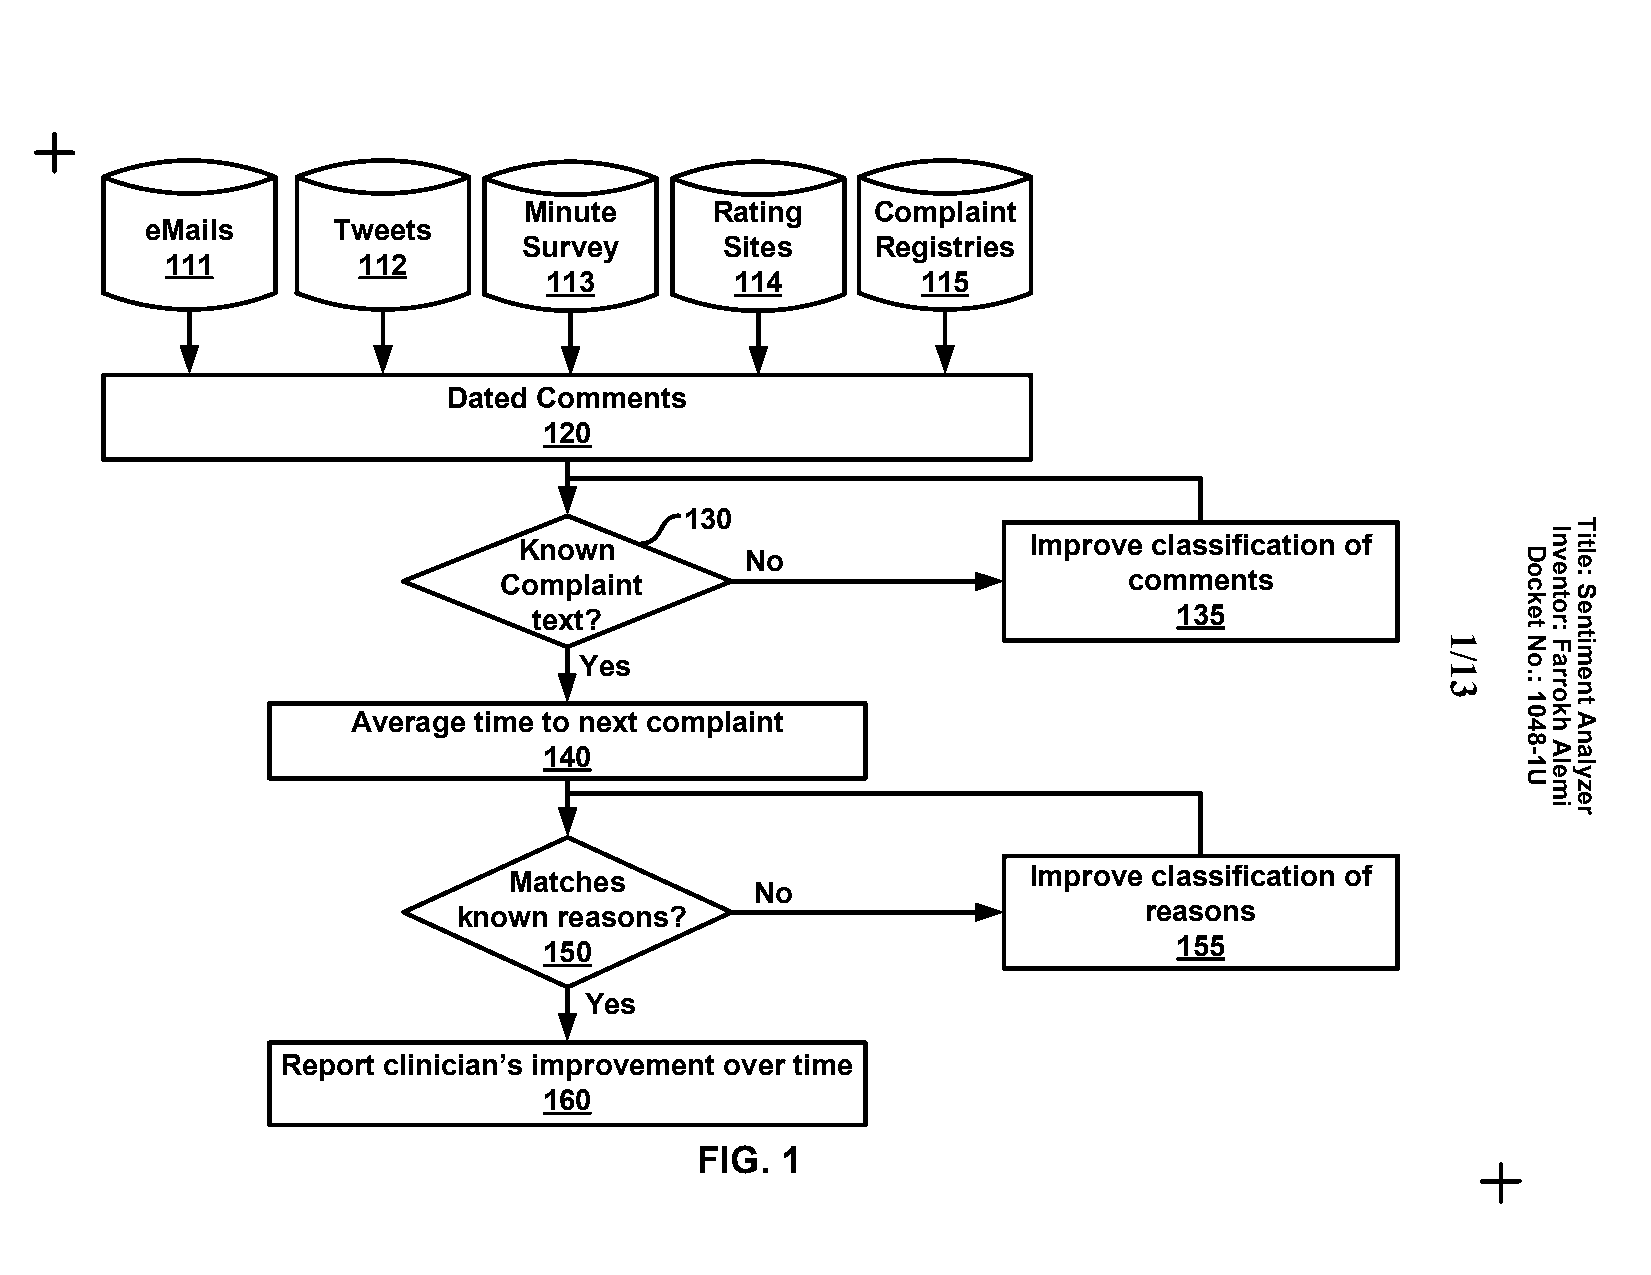
Minute      Rating     Complaint
 eMails      Tweets
 Survey       Sites     Registries
 111          112
 113          114         115
 Dated Comments
 120
 130
 Known                             Improve classification of
 No
 Complaint                                 comments
 text?                                      135
 1
 Yes                                                      /
 1
 3
 Average time to next complaint
 140
 Improve classification of
 Matches
 No
 reasons
 known  reasons?
 155
 150
 Yes
 Report clinician’s improvement over time
 160
 FIG.  1
 Docket
 No.:
 1048-1U
 Inventor:
 Farrokh
 Alemi
 Title:
 Sentiment
 Analyzer